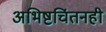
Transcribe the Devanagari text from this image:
अभिष्टचिंतनही